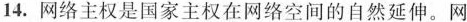
14.网络主权是国家主权在网络空间的自然延伸。网